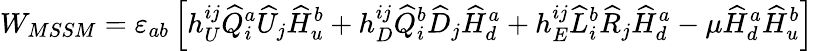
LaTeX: W_{MSSM}=\varepsilon_{ab}\left[h_{U}^{ij}\widehat Q_{i}^{a}\widehat U_{j}\widehat H_{u}^{b}+h_{D}^{ij}\widehat Q_{i}^{b}\widehat D_{j}\widehat H_{d}^{a}+h_{E}^{ij}\widehat L_{i}^{b}\widehat R_{j}\widehat H_{d}^{a}-\mu\widehat H_{d}^{a}\widehat H_{u}^{b}\right]